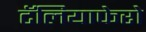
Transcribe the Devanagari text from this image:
टॅलियाफेरो